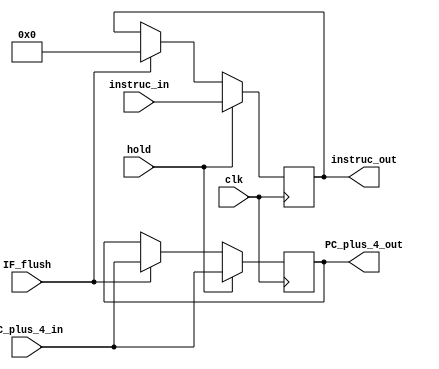
module IF_ID(clk,PC_plus_4_in,hold,IF_flush,instruc_in
                           ,instruc_out,PC_plus_4_out);

input hold,IF_flush,clk;
input [31:0] instruc_in;
input wire [12:0] PC_plus_4_in;
output reg [31:0] instruc_out ;
output reg [12:0]PC_plus_4_out;


always @ (posedge clk)
	begin
	
	if(hold==1'b1)
		begin

		PC_plus_4_out <= PC_plus_4_in;
		instruc_out <= instruc_in;

		end

	else if(IF_flush==1'b1)
		begin
		
		PC_plus_4_out <= PC_plus_4_in;
		instruc_out <= 32'b0;

		end

	end


endmodule